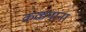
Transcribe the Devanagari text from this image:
कळपांना